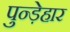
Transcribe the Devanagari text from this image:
पुन्ड़ेहार